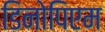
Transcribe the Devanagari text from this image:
डिनोपिएम